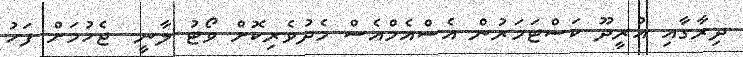
ދިރާގާއި އުރީދޫ ކަސްޓަމަރުން އެސްއެމްއެސް މެދުވެރިކޮށް ވޯޓު ލާނީ  ޖެހުމަށް ފަހު